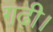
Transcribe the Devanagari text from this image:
गढ़ी।